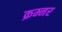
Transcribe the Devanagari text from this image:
क्रम्नर